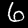
Digit: 6